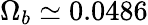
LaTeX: \Omega_{b}\simeq 0.0486